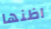
اظنها